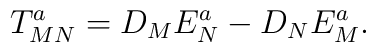
T_{MN}^{a}=D_{M}E_{N}^{a}-D_{N}E_{M}^{a}.